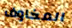
المخاوف